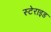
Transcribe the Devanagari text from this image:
स्टेराइड